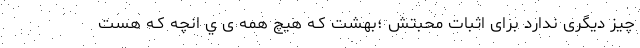
چیز دیگری ندارد برای اثبات محبتش ؛بهشت کـه هیچ همه ی‌ ي انچه کـه هست